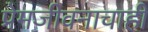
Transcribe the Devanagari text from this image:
प्रेमजीवनाचाही